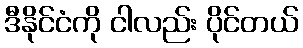
ဒီနိုင်ငံကို ငါလည်း ပိုင်တယ်